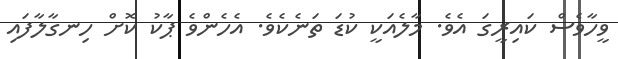
ވީހާވެސް ކައިރީގަ އެވެ. މާލެއަކީ ކުޑަ ތަނެކެވެ. އެހެންވެ ޕާކު ކޮށް ހިނގާލާފައި